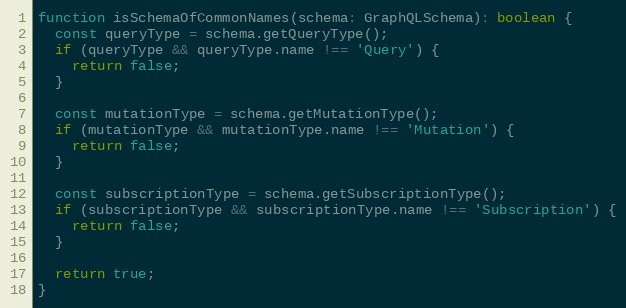
Language: JavaScript
function isSchemaOfCommonNames(schema: GraphQLSchema): boolean {
  const queryType = schema.getQueryType();
  if (queryType && queryType.name !== 'Query') {
    return false;
  }

  const mutationType = schema.getMutationType();
  if (mutationType && mutationType.name !== 'Mutation') {
    return false;
  }

  const subscriptionType = schema.getSubscriptionType();
  if (subscriptionType && subscriptionType.name !== 'Subscription') {
    return false;
  }

  return true;
}